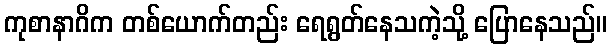
ကုစာနာဂိက တစ်ယောက်တည်း ရေရွတ်နေသကဲ့သို့ ပြောနေသည်။